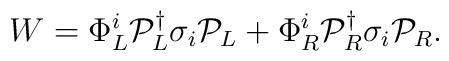
W = \Phi^i_L {\cal P}_L^\dagger \sigma_i {\cal P}_L +\Phi^i_R {\cal P}_R^\dagger \sigma_i {\cal P}_R.